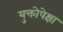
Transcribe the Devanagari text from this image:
युक्तोपेक्षा